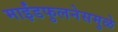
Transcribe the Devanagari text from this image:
माईंडफुलनेसमुळे